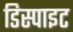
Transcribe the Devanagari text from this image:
डिस्पाइट